Report of the Bombay Veterinary College
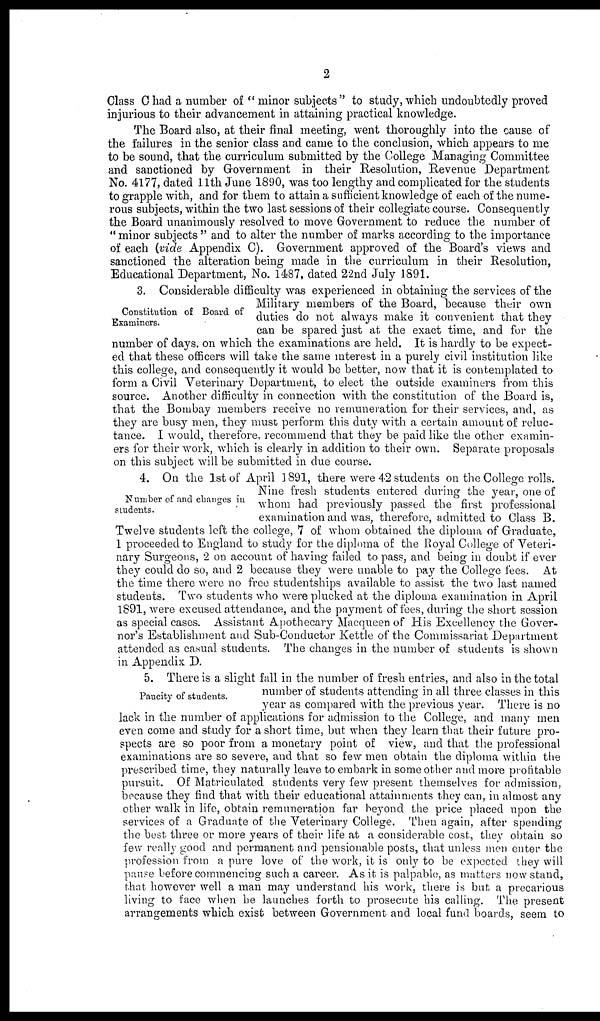
2
Class C had a number of "minor subjects" to study, which undoubtedly proved
injurious to their advancement in attaining practical knowledge.
The Board also, at their final meeting, went thoroughly into the cause of
the failures in the senior class and came to the conclusion, which appears to me
to be sound, that the curriculum submitted by the College Managing Committee
and sanctioned by Government in their Resolution, Revenue Department
No. 4177, dated 11th June 1890, was too lengthy and complicated for the students
to grapple with, and for them to attain a sufficient knowledge of each of the nume-
rous subjects, within the two last sessions of their collegiate course. Consequently
the Board unanimously resolved to move Government to reduce the number of
" minor subjects " and to alter the number of marks according to the importance
of each (vide Appendix C). Government approved of the Board's views and
sanctioned the alteration being made in the curriculum in their Resolution,
Educational Department, No. 1487, dated 22nd July 1891.
Constitution of Board of
Examiners.
3. Considerable difficulty was experienced in obtaining the services of the
Military members of the Board, because their own duties do not always
make it convenient that they
number of days on which the examinations are held. It is hardly to be expect-
ed that these officers will take the same interest in a purely civil institution like
this college, and consequently it would be better, now that it is contemplated to
form a Civil Veterinary Department, to elect the outside examiners from this
source. Another difficulty in connection with the constitution of the Board is,
that the Bombay members receive no remuneration for their services, and, as
they are busy men, they must perform this duty with a certain amount of reluc-
tance. I would, therefore, recommend that they be paid like the other examin-
ers for their work, which is clearly in addition to their own. Separate proposals
on this subject will be submitted in due course.
Number of and changes in
students.
4. On the 1st of April 1891, there were 42 students on the College rolls.
Nine fresh students entered during the year, one of whom had previously
passed the first professional examination and was, therefore, admitted to
Class B. Twelve students left the college, 7 of whom obtained the
diploma of Graduate, 1 proceeded to England to study for the diploma of
the Royal College of Veterinary Surgeons, 2 on account of having failed
to pass, and being in doubt if ever they could do so, and 2 because they
were unable to pay the College fees. At the time there were no free
studentships available to assist the two last named students. Two students
who were plucked at the diploma examination in April 1891, were
excused attendance, and the payment of fees, during the short session
as special cases. Assistant Apothecary Macqueen of His Excellency the Gover-
nor's Establishment and Sub-Conductor Kettle of the Commissariat Department
attended as casual students. The changes in the number of students is shown
in Appendix D.
Paucity of students.
5. There is a slight fall in the number of fresh entries, and also in the total
number of students attending in all three classes in this
year as compared with the previous year. There is no
lack in the number of applications for admission to the College, and many men
even come and study for a short time, but when they learn that their future pro-
spects are so poor from a monetary point of view, and that the professional
examinations are so severe, and that so few men obtain the diploma within the
prescribed time, they naturally leave to embark in some other and more profitable
pursuit. Of Matriculated students very few present themselves for admission,
because they find that with their educational attainments they can, in almost any
other walk in life, obtain remuneration far beyond the price placed upon the
services of a Graduate of the Veterinary College. Then again, after spending
the best three or more years of their life at a considerable cost, they obtain so
few really good and permanent and pensionable posts, that unless men enter the
profession from a pure love of the work, it is only to be expected they will
pause before commencing such a career. As it is palpable, as matters now stand,
that however well a man may understand his work, there is but a precarious
living to face when be launches forth to prosecute his calling. The present
arrangements which exist between Government and local fund boards, seem to